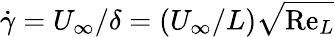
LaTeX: \dot{\gamma}={U_{\infty}}/{\delta}=({U_{\infty}}/{L})\sqrt{\mathrm{Re}_{L}}